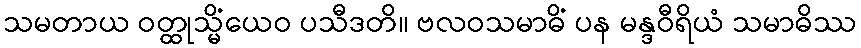
သမတာယ ဝတ္ထုသ္မိံယေဝ ပသီဒတိ။ ဗလဝသမာဓိံ ပန မန္ဒဝီရိယံ သမာဓိဿ